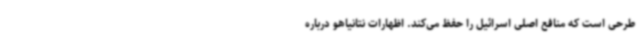
طرحی است که منافع اصلی اسرائیل را حفظ می‌کند. اظهارات نتانیاهو درباره